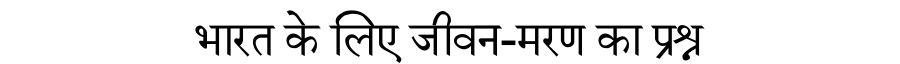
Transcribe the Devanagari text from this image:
भारत के लिए जीवन-मरण का प्रश्न